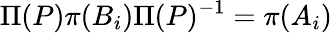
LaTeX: \Pi(P)\pi(B_{i})\Pi(P)^{-1}=\pi(A_{i})